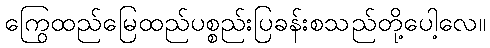
ကြွေထည်မြေထည်ပစ္စည်းပြခန်းစသည်တို့ပေါ့လေ။